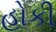
હોકી